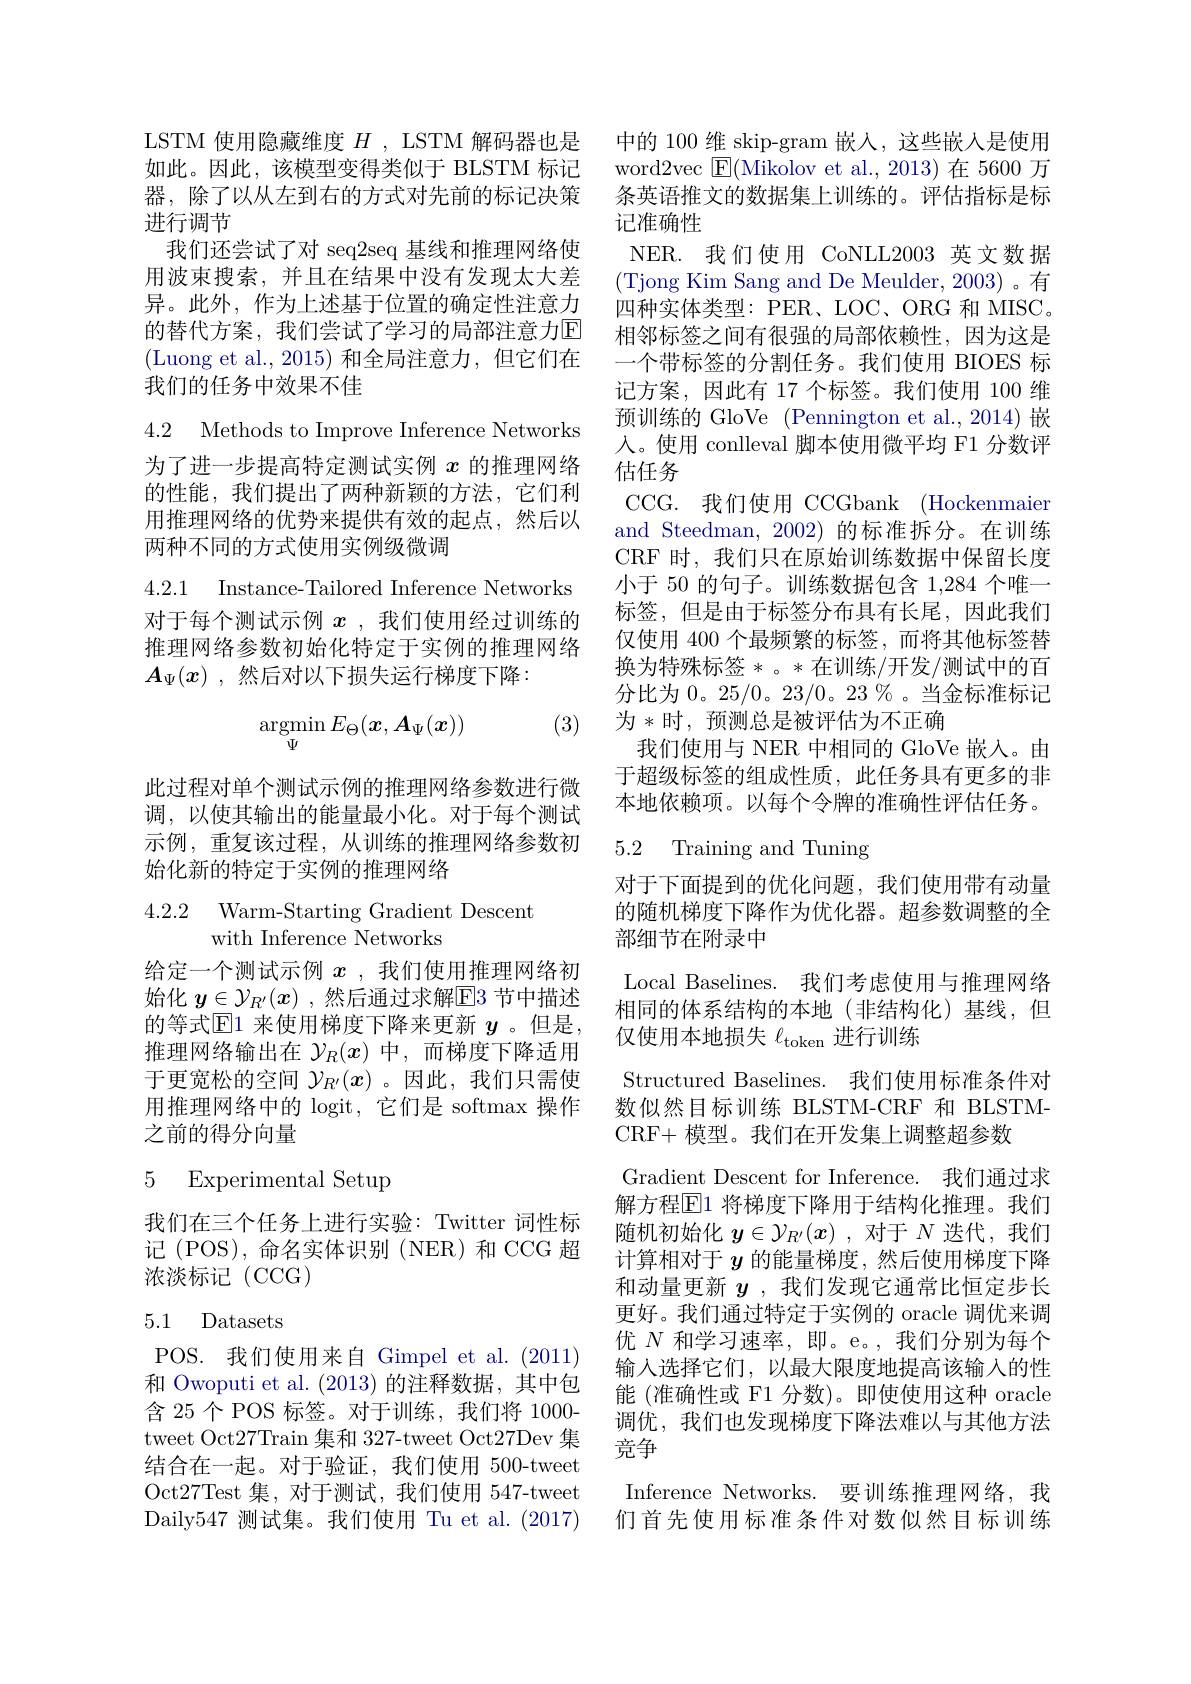
LSTM 使用隐藏维度$H$ , LSTM 解码器也是 中的 100 维 skip-gram 嵌人，这些嵌入是使用
如此。因此，该模型变得类似于 BLSTM 标记
器，除了以从左到右的方式对先前的标记决策
进行调节
我们还尝试了对 seq2seq 基线和推理网络使用波束搜索，并且在结果中没有发现太大差异。此外，作为上述基于位置的确定性注意力的替代方案，我们尝试了学习的局部注意力E (Luong et al.,2015)和全局注意力，但它们在我们的任务中效果不佳

4.2 Methods to Improve Inference Networks

为了进一步提高特定测试实例$x$的推理网络的性能，我们提出了两种新颖的方法，它们利用推理网络的优势来提供有效的起点，然后以两种不同的方式使用实例级微调

4.2.1 Instance-Tailored Inference Networks

对于每个测试示例$x$ ,我们使用经过训练的推理网络参数初始化特定于实例的推理网络$A_\Psi(x)$ ,然后对以下损失运行梯度下降：

(3)
$$\mathop{\mathrm{argmin}}_{\Psi}E_{\Theta}(x,A_{\Psi}(x))$$
此过程对单个测试示例的推理网络参数进行微调，以使其输出的能量最小化。对于每个测试示例，重复该过程，从训练的推理网络参数初始化新的特定于实例的推理网络

4.2.2 Warm-Starting Gradient Descent
with Inference Networks

给定一个测试示例$x$ ,我们使用推理网络初始化 $y\in\mathcal{Y}_{R^{\prime}}(x)$ ,然后通过求解$\mathbb{E}$3 节中描述的等式$\overline{\mathrm{E}}$1 来使用梯度下降来更新 $y$ 。但是， 推理网络输出在$\mathcal{Y}_R(x)$中，而梯度下降适用于更宽松的空间$\mathcal{Y}_{R^{\prime}}(x)$ 。因此，我们只需使用推理网络中的 logit, 它们是 softmax 操作之前的得分向量

## 5 Experimental Setup

我们在三个任务上进行实验：Twitter 词性标记 (POS),命名实体识别 (NER)和 CCG 超浓淡标记(CCG)

## 5.1 Datasets

POS. 我们使用来自 Gimpel et al. (2011) 和 Owoputi et al. (2013)的注释数据，其中包含 25 个 POS 标签。对于训练，我们将 1000- tweet Oct27Train 集和 327-tweet Oct27Dev 集结合在一起。对于验证，我们使用 500-tweet Oct27Test 集 , 对 于 测 试 , 我 们 使 用 547- tweet Daily547 测试集。我们使用 Tu et al.(2017)

word2vec $\boxed{\mathrm{F}}($Mikolov et al., 2013)在 5600 万条英语推文的数据集上训练的。评估指标是标记准确性
NER. 我们使用 CoNLL2003 英文数据(Tjong Kim Sang and De Meulder, 2003)。有四种实体类型：PER、LOC、ORG 和 MISC。相邻标签之间有很强的局部依赖性，因为这是一个带标签的分割任务。我们使用 BIOES 标记方案，因此有 17 个标签。我们使用 100 维预训练的 GloVe (Pennington et al.,2014) 嵌入。使用 conlleval 脚本使用微平均 F1 分数评估任务
CCG. 我们使用 CCGbank ( Hockenmaier and Steedman, 2002) 的标准拆分。在训练CRF 时，我们只在原始训练数据中保留长度小于 50 的句子。训练数据包含 1,284 个唯一标签，但是由于标签分布具有长尾，因此我们仅使用 400 个最频繁的标签，而将其他标签替换为特殊标签*。*在训练/开发/测试中的百分比为0。25/0。23/0。23%。当金标准标记为*时，预测总是被评估为不正确
我们使用与 NER 中相同的 GloVe 嵌入。由于超级标签的组成性质，此任务具有更多的非本地依赖项。以每个令牌的准确性评估任务。

## 5.2 Training and Tuning

对于下面提到的优化问题，我们使用带有动量的随机梯度下降作为优化器。超参数调整的全部细节在附录中
Local Baselines. 我们考虑使用与推理网络相同的体系结构的本地(非结构化)基线，但仅使用本地损失$\ell_\mathrm{token}$进行训练
Structured Baselines. 我们使用标准条件对数似然目标训练 BLSTM-CRF 和 BLSTMCRF+ 模型。我们在开发集上调整超参数
Gradient Descent for Inference. 我们通过求解方程$\mathbb{E}$1 将梯度下降用于结构化推理。我们随机初始化$y\in\mathcal{Y}_{R^{\prime}}(x)$ ,对于$N$迭代，我们计算相对于$y$的能量梯度，然后使用梯度下降和动量更新$y$ ,我们发现它通常比恒定步长更好。我们通过特定于实例的 oracle 调优来调优$N$和学习速率，即。e。,我们分别为每个输入选择它们，以最大限度地提高该输入的性能 (准确性或 F1 分数)。即使使用这种 oracle 调优，我们也发现梯度下降法难以与其他方法竞争
Inference Networks. 要训练推理网络，我们首先使用标准条件对数似然目标训练